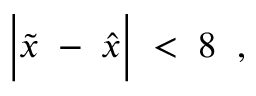
\Big | \tilde { x } \; - \; \hat { x } \Big | \; < \; 8 \; \; ,